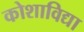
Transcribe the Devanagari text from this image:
कोशाविद्या